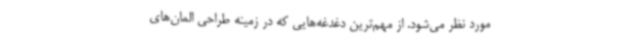
مورد نظر می‌شود. از مهم‌ترین دغدغه‌هایی که در زمینه طراحی المان‌های